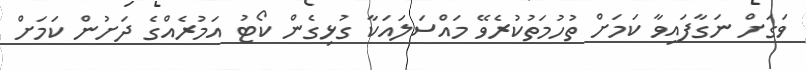
ވަގަށް ނަގާފައިވާ ކަމަށް ތުހުމަތުކުރެވޭ މައްސަލައަކާ ގުޅިގެން ކޯޓު އަމުރެއްގެ ދަށުން ކަމަށް